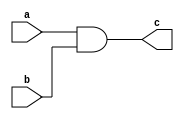
`timescale 1ns / 1ps

module andmodule(
input a,
input b,
output reg c
    );
always@(*)
begin
c = a && b;
end
endmodule